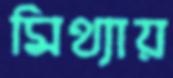
মিথ্যায়